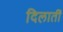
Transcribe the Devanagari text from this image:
दिलातीं